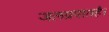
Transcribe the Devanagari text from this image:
जलप्रपातहै।